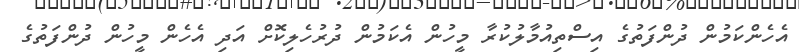
އެހެންކަމުން ދުންފަތުގެ އިސްތިއުމާލުކުރާ މީހުން އެކަމުން ދުރުހެލިކޮށް އަދި އެހެން މީހުން ދުންފަތުގެ